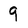
Character: 9